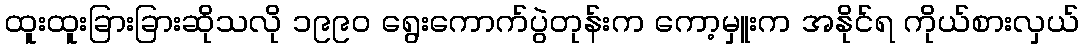
ထူးထူးခြားခြားဆိုသလို ၁၉၉၀ ရွေးကောက်ပွဲတုန်းက ကော့မှူးက အနိုင်ရ ကိုယ်စားလှယ်